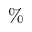
\%